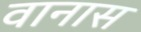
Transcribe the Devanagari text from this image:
वानास